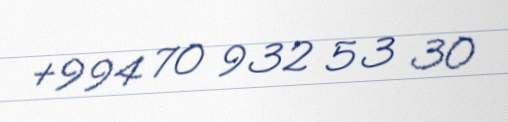
+994 70 932 53 30